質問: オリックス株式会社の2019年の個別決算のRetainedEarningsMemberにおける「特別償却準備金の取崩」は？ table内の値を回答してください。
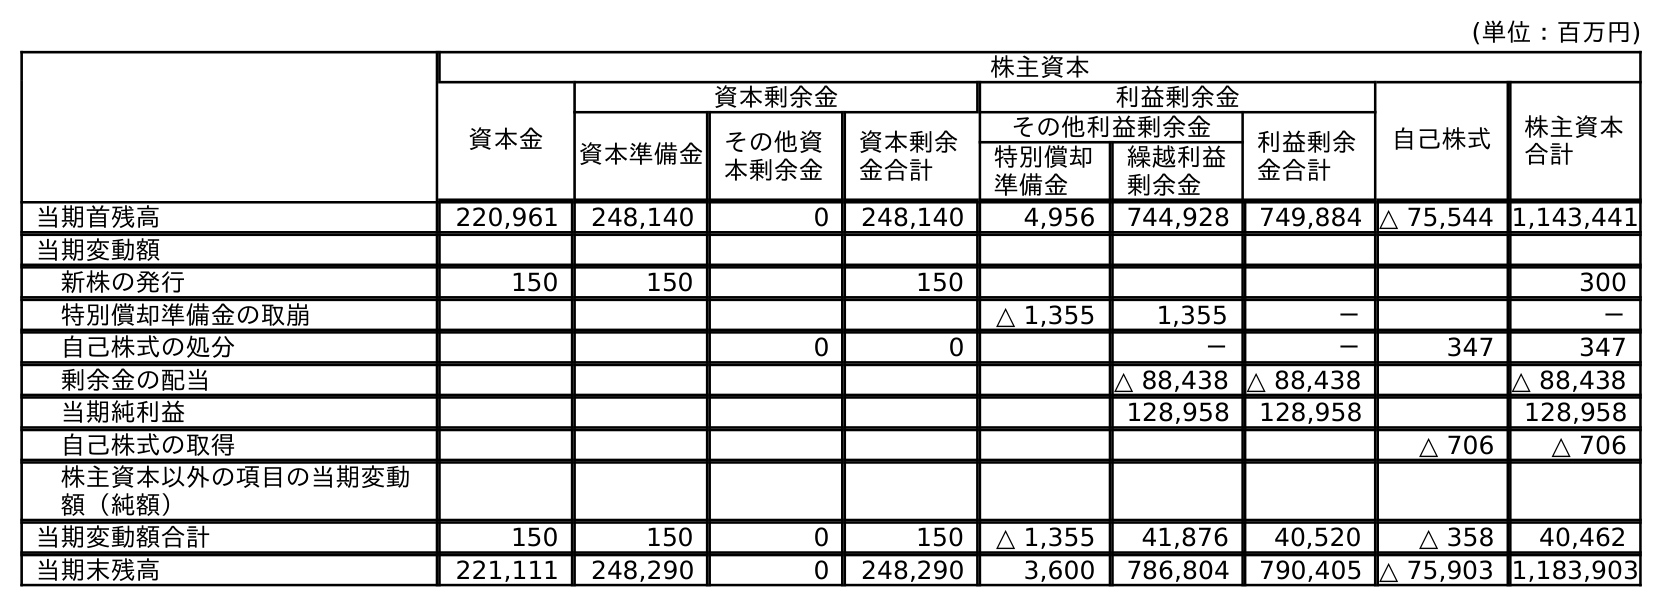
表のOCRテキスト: (単位：百万円) 株主資本 資本金 資本剰余金 利益剰余金 自己株式 株主資本 合計 資本準備金 その他資 本剰余金 資本剰余 金合計 その他利益剰余金 利益剰余 金合計 特別償却 準備金 繰越利益 剰余金 当期首残高 220,961 248,140 0 248,140 4,956 744,928 749,884 △ 75,544 1,143,441 当期変動額 新株の発行 150 150 150 300 特別償却準備金の取崩 △ 1,355 1,355 － － 自己株式の処分 0 0 － － 347 347 剰余金の配当 △ 88,438 △ 88,438 △ 88,438 当期純利益 128,958 128,958 128,958 自己株式の取得 △ 706 △ 706 株主資本以外の項目の当期変動 額（純額） 当期変動額合計 150 150 0 150 △ 1,355 41,876 40,520 △ 358 40,462 当期末残高 221,111 248,290 0 248,290 3,600 786,804 790,405 △ 75,903 1,183,903
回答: －